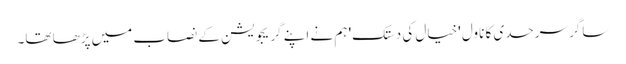
ساگر سرحدی کا ناول 'خیال کی دستک' ہم نے اپنے گریجویشن کے نصاب میں پڑھا تھا۔